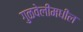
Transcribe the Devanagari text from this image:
गुळवेलीमधील